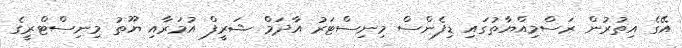
އޭގެ އިތުރުން ރަސްމިއްޔާތުގައި ޑިފެންސް މިނިސްޓަރު އާދަމް ޝަރީފް އުމަރާއި ޔޫތު މިނިސްޓްރީގެ